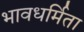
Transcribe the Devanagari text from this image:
भावधर्मिता